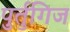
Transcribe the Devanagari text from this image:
पुर्तुगिज